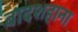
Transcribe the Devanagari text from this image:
बादशहाना